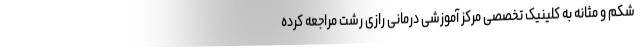
شکم و مثانه به کلینیک تخصصی مرکز آموزشی درمانی رازی رشت مراجعه کرده